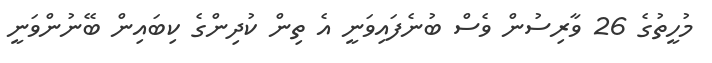
މުހީތުގެ 26 ވާރިސުން ވެސް ބުނެފައިވަނީ އެ ތިން ކުދިންގެ ކިބައިން ބޭނުންވަނީ